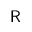
\mathsf { R }